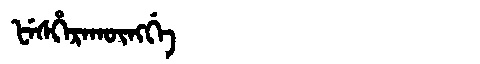
Manchu: ᡶᡝᠰᡥᡝᡵᠠᡴᡡᠩᡤᡝ
Romanization: FESHERAKŪNGGE